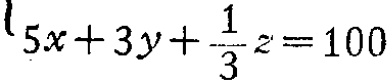
\(5x + 3y + \frac{1}{3}z = 100\)